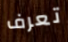
تعرف